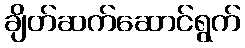
ချိတ်ဆက်ဆောင်ရွက်